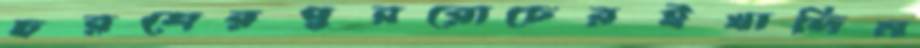
চরশেরপুররোচেরইখাদিম